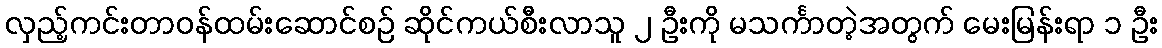
လှည့်ကင်းတာဝန်ထမ်းဆောင်စဉ် ဆိုင်ကယ်စီးလာသူ ၂ ဦးကို မသင်္ကာတဲ့အတွက် မေးမြန်းရာ ၁ ဦး